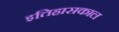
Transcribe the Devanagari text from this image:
इतिहासकाल